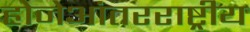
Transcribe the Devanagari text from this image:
होजेआंतरराष्ट्रीय